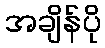
အချိန်ပို